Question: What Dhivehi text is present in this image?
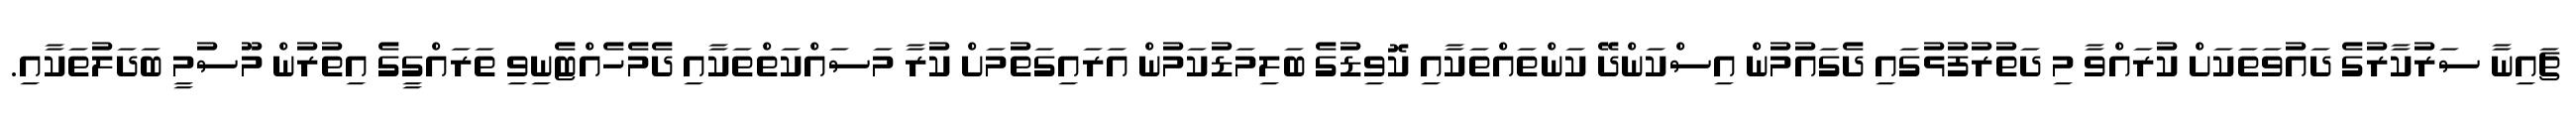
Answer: ޗައިނާ ސަރުކާރުގެ ދައުވަތަކަށް ކުރައްވާ މި ދަތުރުފުޅުގައި ދެގައުމުން އިސްކަންދޭ ކަންތައްތަކާއި ކޮވިޑުގެ ބަލިމަޑުކަމުން އަރައިގަތުމަށް ކުރާ މަސައްކަތްތަކާއި ދެމެހެއްޓެނިވި ތަރައްގީގެ އިތުރުން މޫސުމީ ބަދަލުތަކާއި.